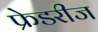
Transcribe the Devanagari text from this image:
फ्रेडरीज